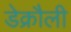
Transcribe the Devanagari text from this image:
डेक्रौली